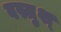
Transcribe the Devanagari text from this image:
वस्तुश्